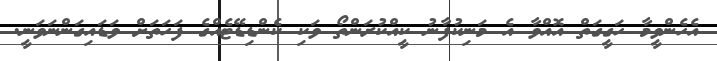
އެހެންވީމާ ހަގީގަތް އޮއްވާ އެ މަނިކުފާނު ކީއްކުރަންތޯ ވަކި ކެންޑިޑޭޓެއްގެ ފަހަތަށް ވަޑައިގަންނަވަނީ.